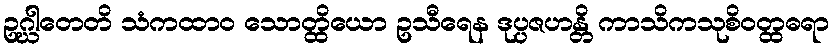
ဥဂ္ဃါတေတိ သံကထာဝ သောတ္ထိယော ဥသီရေန ဒုပ္ပဇဟန္တိ ကာသိကသုစိဝတ္ထဓရာ